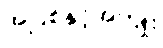
အပြစ်နှင့်အကျိုး